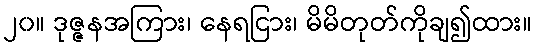
၂၀။ ဒုဇ္ဇနအကြား၊ နေရငြား၊ မိမိတုတ်ကိုချ၍ထား။